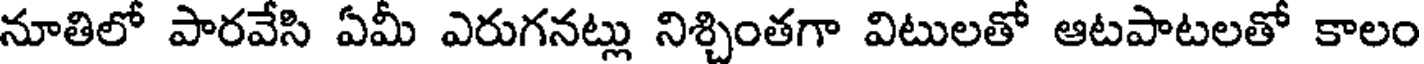
నూతిలో పారవేసి ఏమీ ఎరుగనట్లు నిశ్చింతగా విటులతో ఆటపాటలతో కాలం